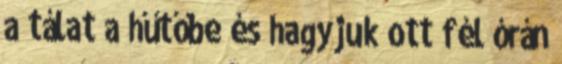
a tálat a hűtőbe és hagyjuk ott fél órán